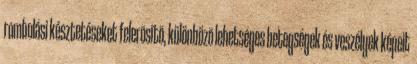
rombolási késztetéseket felerõsítõ, különbözõ lehetséges betegségek és veszélyek képeit